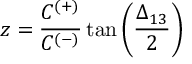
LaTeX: z = \frac { C ^ { ( + ) } } { C ^ { ( - ) } } \tan { \left( \frac { \Delta _ { 1 3 } } { 2 } \right) }